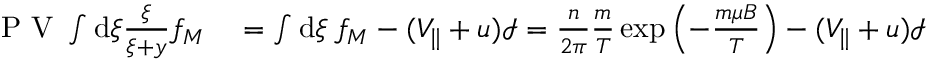
\begin{array} { r l } { \mathrm { ~ P ~ V ~ } \int \mathrm { d } \xi \frac { \xi } { \xi + y } f _ { M } } & { { } = \int \mathrm { d } \xi \: f _ { M } - ( V _ { \parallel } + u ) \mathcal { I } = \frac { n } { 2 \pi } \frac { m } { T } \exp \left( - \frac { m \mu B } { T } \right) - ( V _ { \parallel } + u ) \mathcal { I } } \end{array}